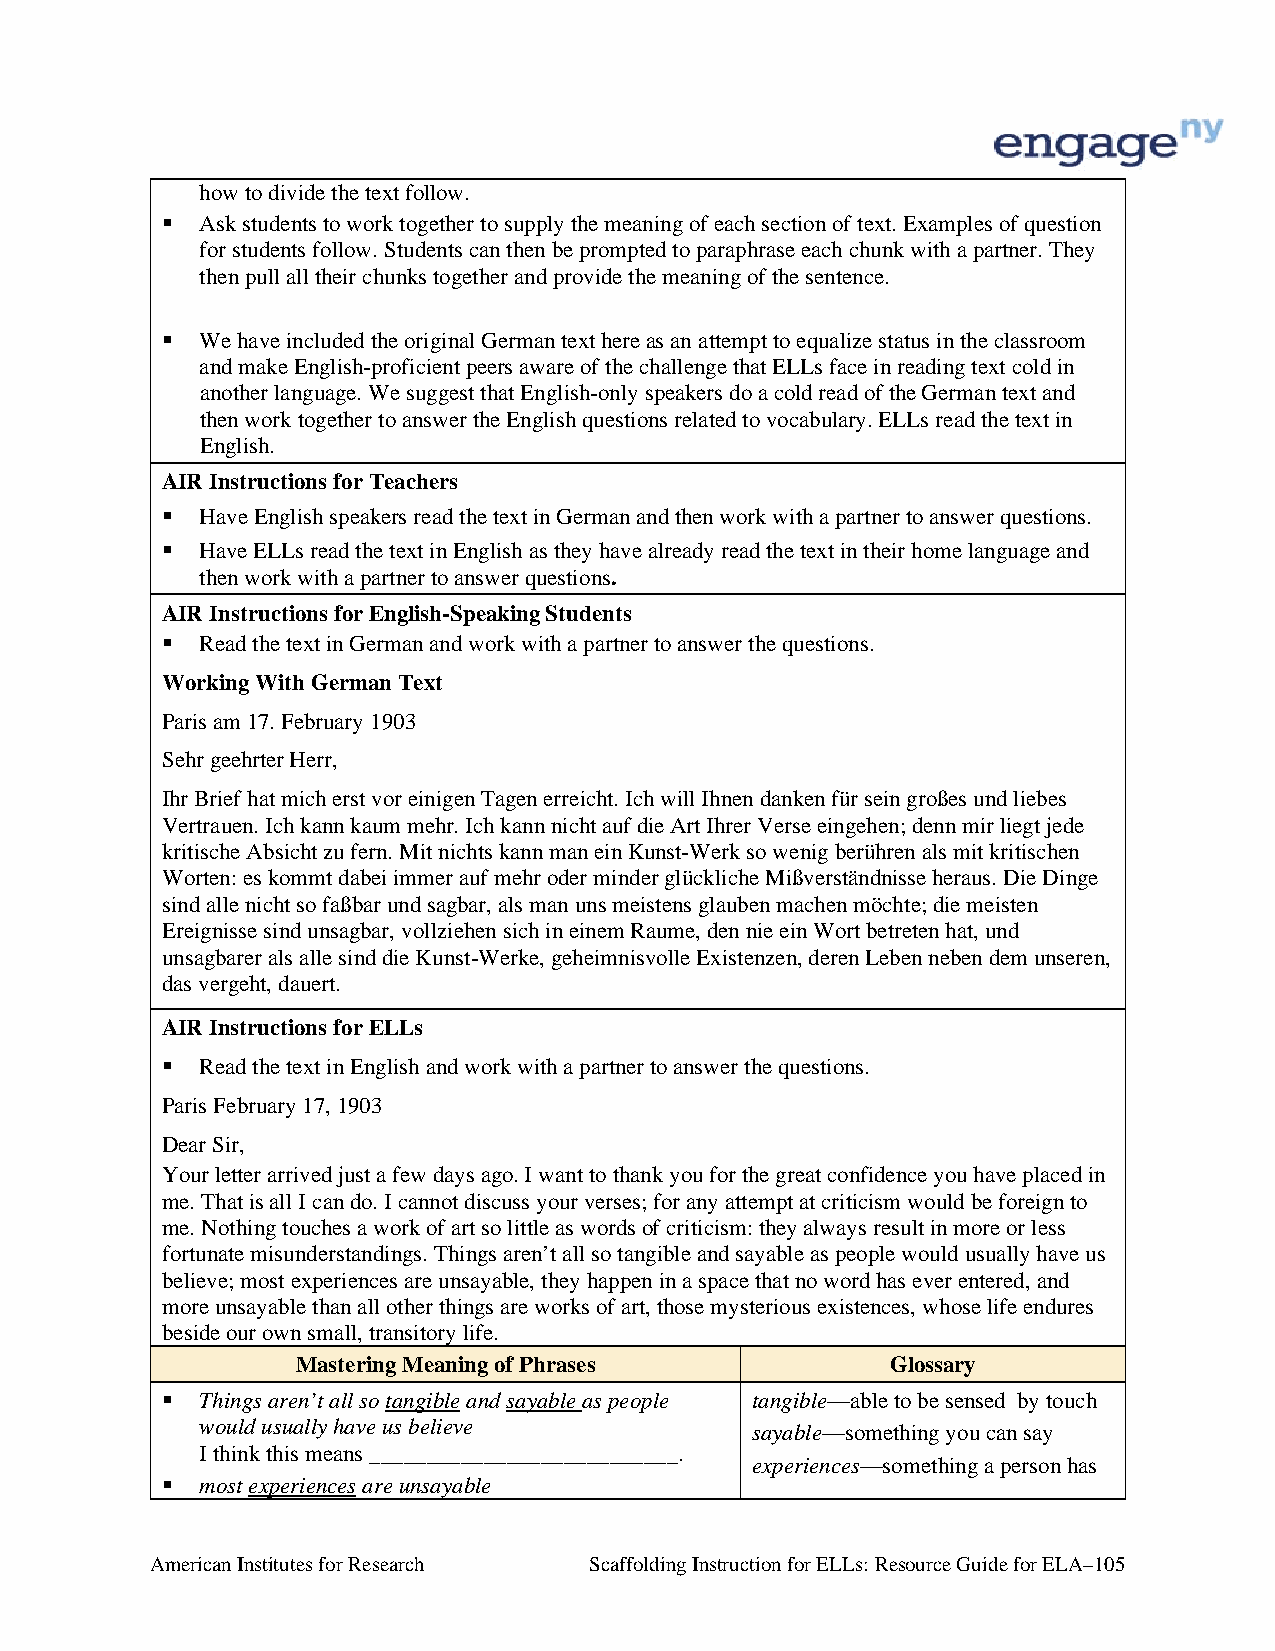
how to divide the text follow.
  Ask students to work together to supply the meaning of each section of text. Examples of question
 for students follow. Students can then be prompted to paraphrase each chunk with a partner. They
 then pull all their chunks together and provide the meaning of the sentence.
  We have included the original German text here as an attempt to equalize status in the classroom
 and make English-proficient peers aware of the challenge that ELLs face in reading text cold in
 another language. We suggest that English-only speakers do a cold read of the German text and
 then work together to answer the English questions related to vocabulary. ELLs read the text in
 English.
 AIR Instructions for Teachers
  Have English speakers read the text in German and then work with a partner to answer questions.
  Have ELLs read the text in English as they have already read the text in their home language and
 then work with a partner to answer questions.
 AIR Instructions for English-Speaking Students
  Read the text in German and work with a partner to answer the questions.
 Working With German Text
 Paris am 17. February 1903
 Sehr geehrter Herr,
 Ihr Brief hat mich erst vor einigen Tagen erreicht. Ich will Ihnen danken für sein großes und liebes
 Vertrauen. Ich kann kaum mehr. Ich kann nicht auf die Art Ihrer Verse eingehen; denn mir liegt jede
 kritische Absicht zu fern. Mit nichts kann man ein Kunst-Werk so wenig berühren als mit kritischen
 Worten: es kommt dabei immer auf mehr oder minder glückliche Mißverständnisse heraus. Die Dinge
 sind alle nicht so faßbar und sagbar, als man uns meistens glauben machen möchte; die meisten
 Ereignisse sind unsagbar, vollziehen sich in einem Raume, den nie ein Wort betreten hat, und
 unsagbarer als alle sind die Kunst-Werke, geheimnisvolle Existenzen, deren Leben neben dem unseren,
 das vergeht, dauert.
 AIR Instructions for ELLs
  Read the text in English and work with a partner to answer the questions.
 Paris February 17, 1903
 Dear Sir,
 Your letter arrived just a few days ago. I want to thank you for the great confidence you have placed in
 me. That is all I can do. I cannot discuss your verses; for any attempt at criticism would be foreign to
 me. Nothing touches a work of art so little as words of criticism: they always result in more or less
 fortunate misunderstandings. Things aren’t all so tangible and sayable as people would usually have us
 believe; most experiences are unsayable, they happen in a space that no word has ever entered, and
 more unsayable than all other things are works of art, those mysterious existences, whose life endures
 beside our own small, transitory life.
 Mastering Meaning of Phrases           Glossary
  Things aren’t all so tangible and sayable as people tangible—able to be sensed by touch
 would usually have us believe        sayable—something you can say
 I think this means ___________________________.
 experiences—something a person has
  most experiences are unsayable
 American Institutes for Research Scaffolding Instruction for ELLs: Resource Guide for ELA–105